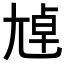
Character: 𡯴